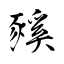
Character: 豯